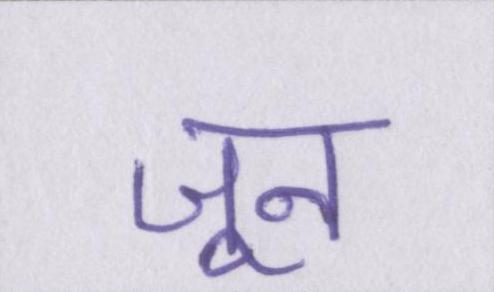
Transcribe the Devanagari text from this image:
जून